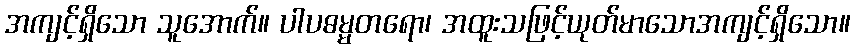
အကျင့်ရှိသော သူအောက်။ ပါပဓမ္မတရော၊ အထူးသဖြင့်ယုတ်မာသောအကျင့်ရှိသော။